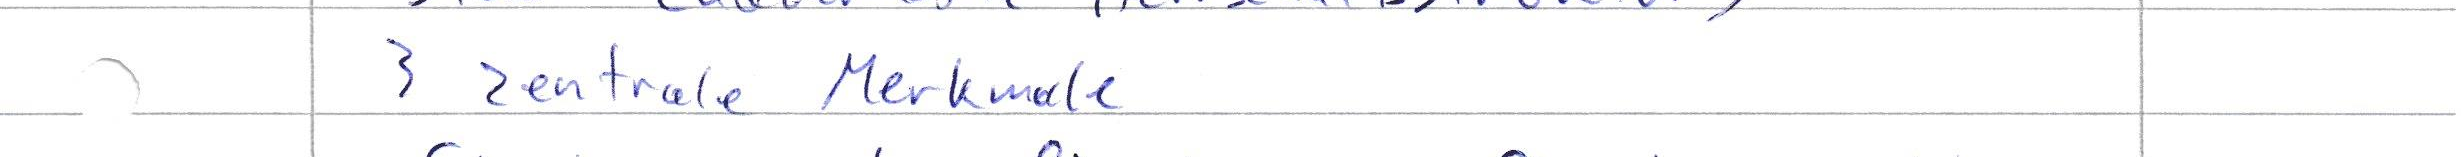
3 zentrale Merkmale